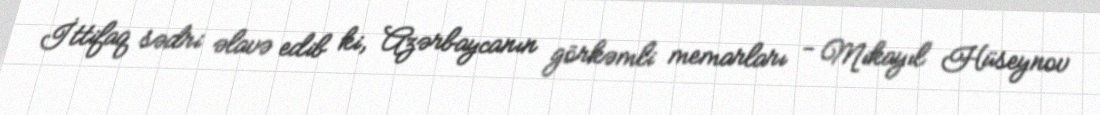
İttifaq sədri əlavə edib ki, Azərbaycanın görkəmli memarları - Mikayıl Hüseynov